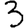
Digit: 3